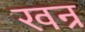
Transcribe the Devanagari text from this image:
खन्र